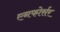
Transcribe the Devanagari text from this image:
एनफोर्सर